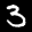
Label: 3